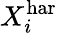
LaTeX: X_{i}^{\textrm{har}}